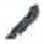
אות: ,